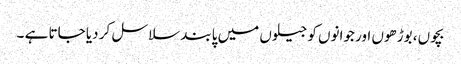
بچوں، بوڑھوں اور جوانوں کو جیلوں میں پابند سلاسل کر دیا جاتا ہے ۔